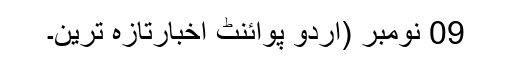
09 نومبر (اُردو پوائنٹ اخبارتازہ ترین۔